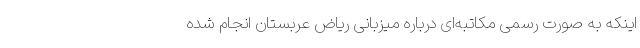
اینکه به صورت رسمی مکاتبه‌ای درباره میزبانی ریاض عربستان انجام شده